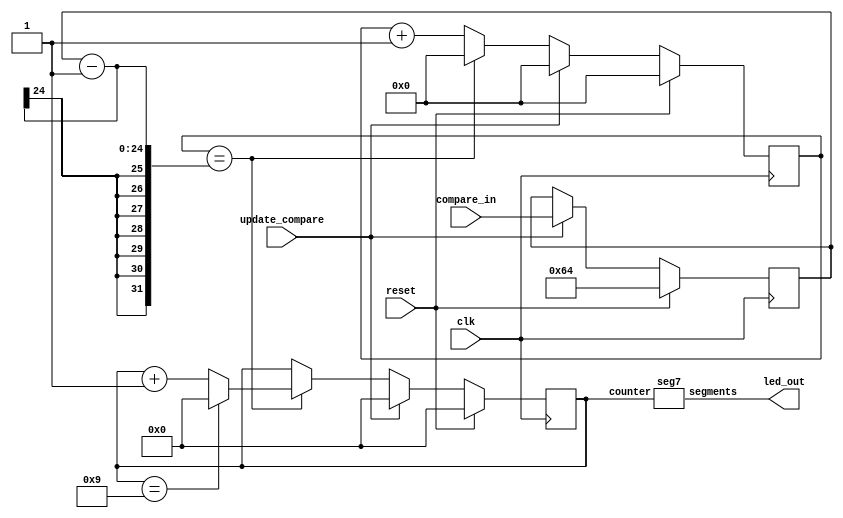
`default_nettype none

module seven_segment_seconds (
	input wire clk,
    input wire reset,
    input wire [23:0] compare_in,
    input wire update_compare,
	output wire [6:0] led_out
);

    // external clock is 16MHz, so need 24 bit counter
    reg [23:0] second_counter;
    reg [3:0] digit;
    reg [23:0] compare;

    `ifdef COCOTB_SIM
        initial begin
            $dumpfile ("seven_segment_seconds.vcd");
            $dumpvars (0, seven_segment_seconds);
            #1;
        end
        localparam MAX_COUNT = 100;
    `else
        localparam MAX_COUNT = 100;
    `endif


    always @(posedge clk) begin
        // if reset, set counter to 0
        if (reset) begin
            second_counter <= 0;
            digit <= 0;
            compare <= MAX_COUNT;
        end else if (update_compare) begin
            compare <= compare_in;
            second_counter <= 0;
            digit <= 0;
        end else begin
            // if up to 16e6
            if (second_counter == compare - 1) begin
                // reset
                second_counter <= 0;

                // increment digit
                digit <= digit + 1'b1;

                // only count from 0 to 9
                if (digit == 9)
                    digit <= 0;

            end else
                // increment counter
                second_counter <= second_counter + 1'b1;
        end
    end

    // instantiate segment display
    seg7 seg7(.counter(digit), .segments(led_out));

endmodule

/*
      -- 1 --
     |       |
     6       2
     |       |
      -- 7 --
     |       |
     5       3
     |       |
      -- 4 --
*/

module seg7 (
    input wire [3:0] counter,
    output reg [6:0] segments
);

	always @(*) begin
        case(counter)
            //                7654321
            0:  segments = 7'b0111111;
            1:  segments = 7'b0000110;
            2:  segments = 7'b1011011;
            3:  segments = 7'b1001111;
            4:  segments = 7'b1100110;
            5:  segments = 7'b1101101;
            6:  segments = 7'b1111100;
            7:  segments = 7'b0000111;
            8:  segments = 7'b1111111;
            9:  segments = 7'b1100111;
            default:    
                segments = 7'b0000000;
        endcase
    end

endmodule
`default_nettype wire